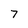
Character: 7